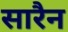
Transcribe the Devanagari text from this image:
सारैन